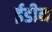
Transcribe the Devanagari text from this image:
ईडीन